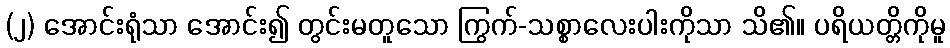
(၂) အောင်းရုံသာ အောင်း၍ တွင်းမတူသော ကြွက်-သစ္စာလေးပါးကိုသာ သိ၏။ ပရိယတ္တိကိုမူ